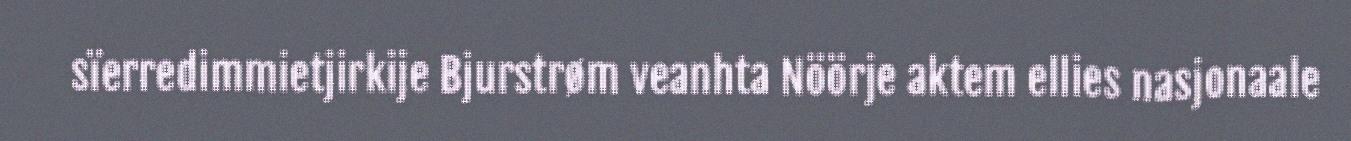
sïerredimmietjirkije Bjurstrøm veanhta Nöörje aktem ellies nasjonaale